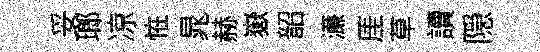
妥瑯凉恠晁赫嶽韶濓厓草讀隠